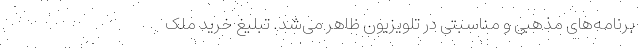
برنامه‌های مذهبی و مناسبتی در تلویزیون ظاهر می‌شد. تبلیغ خرید ملک